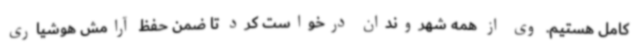
کامل هستیم. وی از همه شهروندان درخواست کرد تا ضمن حفظ آرامش هوشیاری